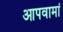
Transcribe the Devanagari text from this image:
आपवामां